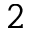
2